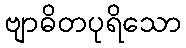
ဗျာဓိတပုရိသော